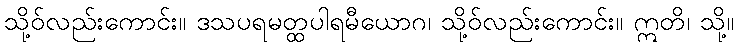
သို့ဝ်လည်းကောင်း။ ဒသပရမတ္ထပါရမီယောဂ၊ သို့ဝ်လည်းကောင်း။ ဣတိ၊ သို့။